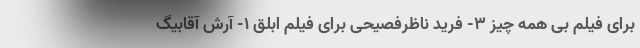
برای فیلم بی همه چیز 3- فرید ناظرفصیحی برای فیلم ابلق 1- آرش آقابیگ